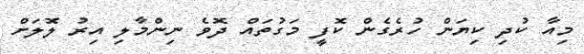
މިއާ ކުދި ކިޔަން ހުރެގެން ކޮފީ މަގުތައް ދޮވެ ނިންމާލި އިރު ލޮލަށް